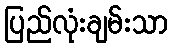
ပြည်လုံးချမ်းသာ